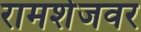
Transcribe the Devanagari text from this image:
रामशेजवर